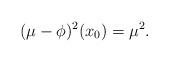
LaTeX: \begin{align*}(\mu-\phi)^2(x_0)=\mu^2.\end{align*}